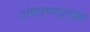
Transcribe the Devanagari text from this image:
अंथरुणालाच